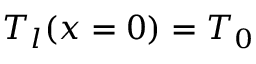
T _ { l } ( x = 0 ) = T _ { 0 }